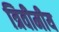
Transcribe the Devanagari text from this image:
त्रिवीमीय